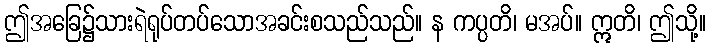
ဤအခြေ၌သားရဲရုပ်တပ်သောအခင်းစသည်သည်။ န ကပ္ပတိ၊ မအပ်။ ဣတိ၊ ဤသို့။